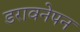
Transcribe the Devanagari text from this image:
डरावनेपन